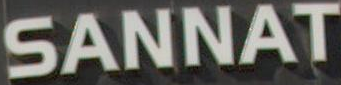
SANNAT